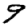
Digit: 9